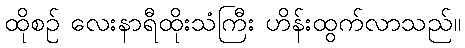
ထိုစဉ် လေးနာရီထိုးသံကြီး ဟိန်းထွက်လာသည်။